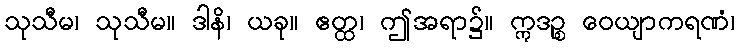
သုသီမ၊ သုသီမ။ ဒါနိ၊ ယခု။ ဧတ္ထ၊ ဤအရာ၌။ ဣဒဉ္စ ဝေယျာကရဏံ၊